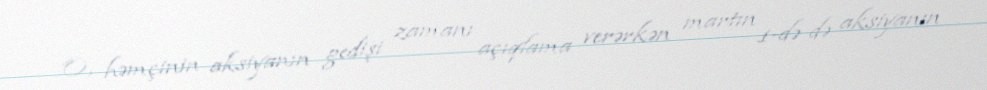
O, həmçinin aksiyanın gedişi zamanı açıqlama verərkən martın 1-də də aksiyanın